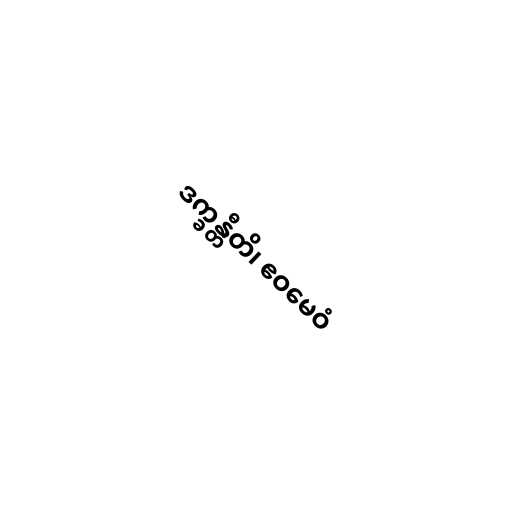
ဒက္ခန္တီတိ၊ ဧဝမေဝံ